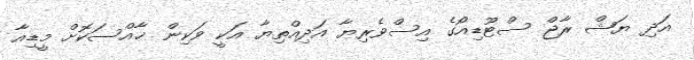
އަދި ޔަޝް ރާޖް ސްޓޫޑިއޯގެ އިސްވެރިޔާ އަދިއްތިޔާ އަކީ ވަކިން ޚާއްސަކޮށް މީޑިއާ